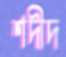
শদীদ